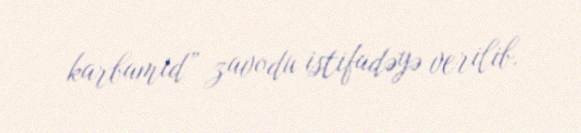
karbamid” zavodu istifadəyə verilib.